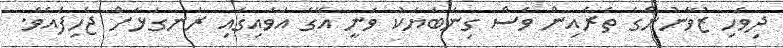
ދިވެހި ޒުވާނުންގެ ތެރެއިން ވެސް ގިނަބަޔަކު ވަނީ އޭގެ އަވައިގައި ރަނގަޅަށް ޖެހިފައެވެ.